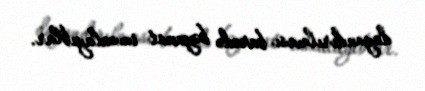
dayandırılması barədə bəyanat imzalayıblar.